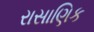
રાસાણિક